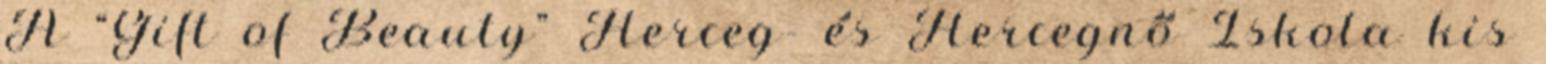
A “Gift of Beauty” Herceg- és Hercegnő Iskola kis